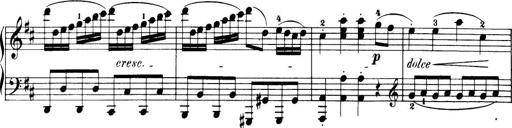
Title: 32 Sonatinas and Rondos for the Piano
Composer: Richard Kleinmichel